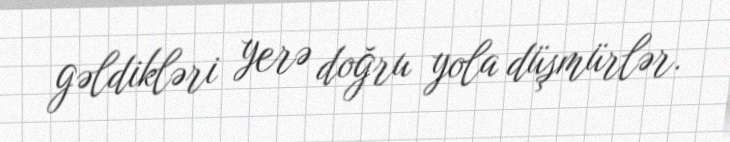
gəldikləri yerə doğru yola düşmürlər.